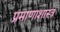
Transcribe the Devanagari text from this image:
प्रमाणाशास्त्र